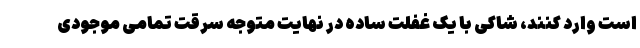
است وارد کنند، شاکی با یک غفلت ساده در نهایت متوجه سرقت تمامی موجودی